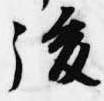
後